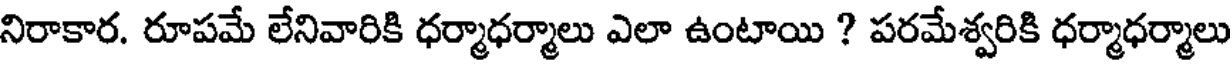
నిరాకార. రూపమే లేనివారికి ధర్మాధర్మాలు ఎలా ఉంటాయి ? పరమేశ్వరికి ధర్మాధర్మాలు